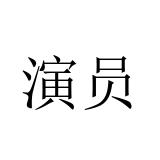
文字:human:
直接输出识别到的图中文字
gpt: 演员